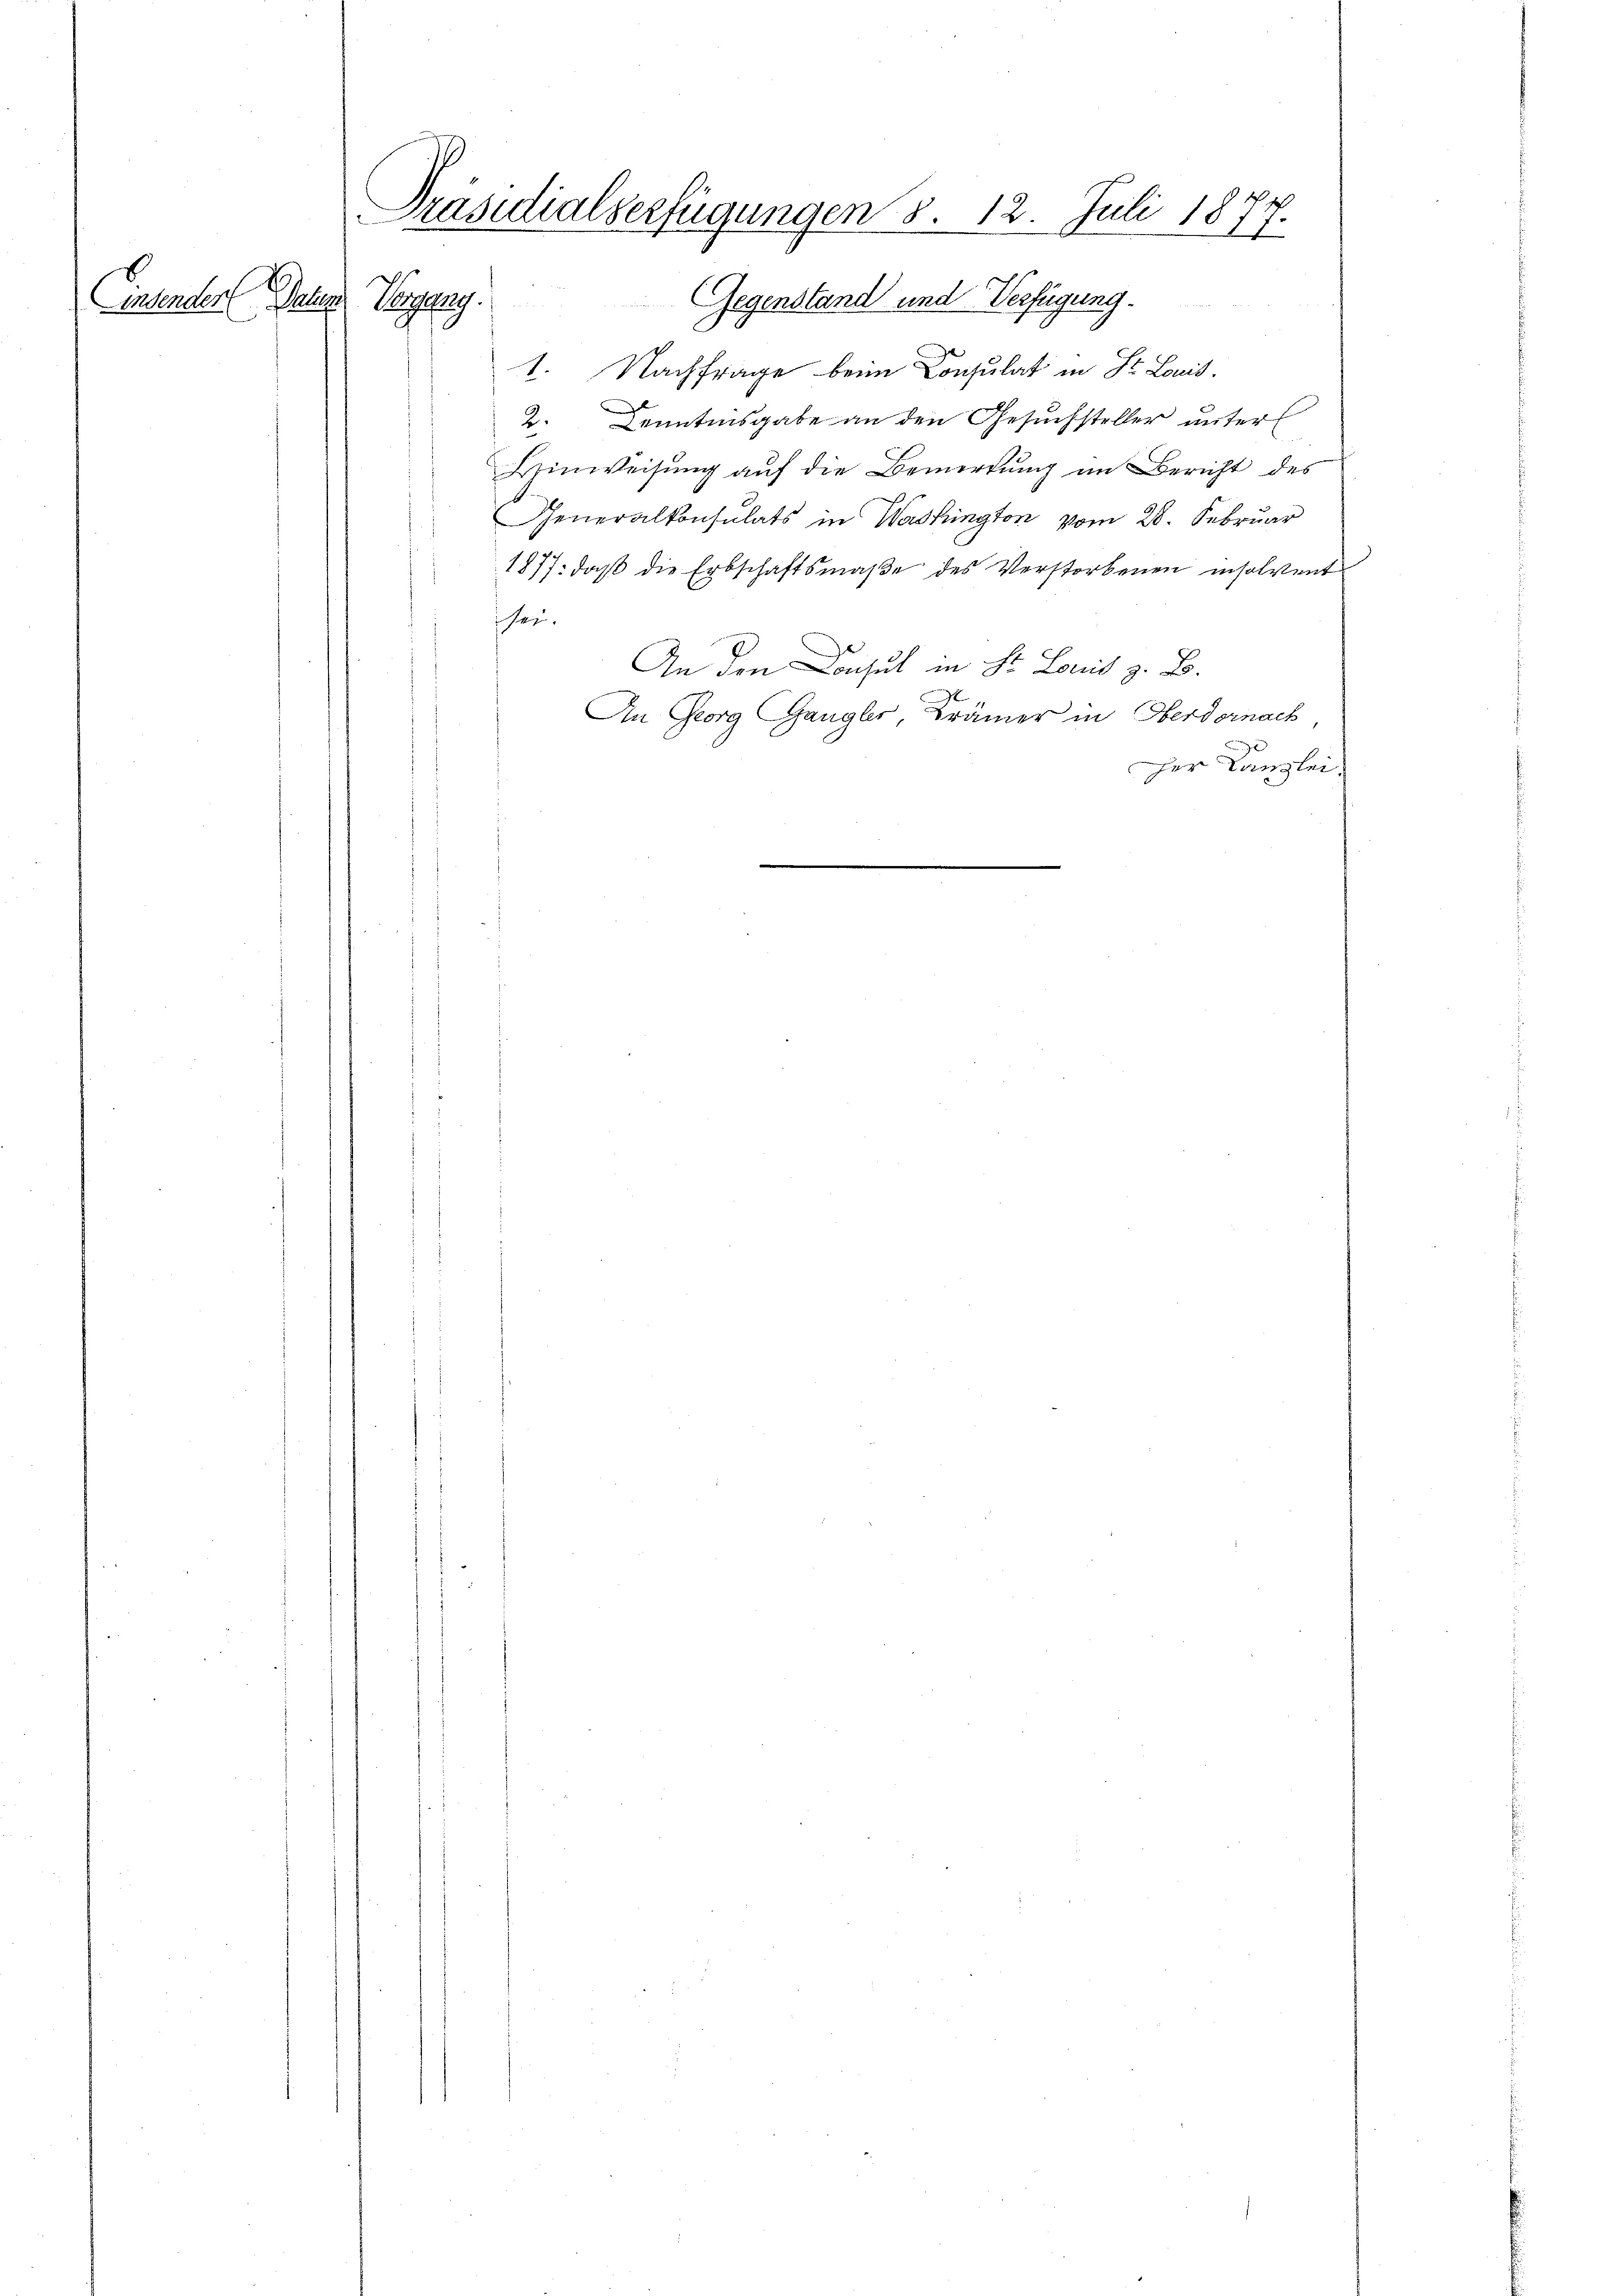
Eintender Paten Vergang.

Präsidialserfügungen 3. 12. Juli 1877.
Gegenstand und Verfügung.
c

1. Nachfrage beim Consulat in St. Louis.
2. Kenntnisgabe an den Gesuchsteller unterl
Hinweisŭng aŭf die Bemerkŭng im Bericht des
Generalkonsulats in Washington vom 28. Februar
1877: daß die Erbschaftsmaβe des Verstorbenen insolvent
sei.
An den Donsul in St. Louis z. B.
An Georg Gangler, Krämer in Oberdornach,
Der Kanzlei.